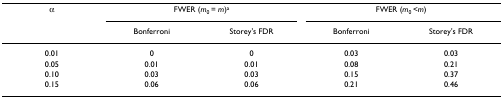
<table><thead><tr><td><b>α</b></td><td colspan="2"><b>FWER (<i>m</i><sub>0 </sub>= <i>m</i>)<sup>a</sup></b></td><td colspan="2"><b>FWER (<i>m</i><sub>0 </sub>&lt;<i>m</i>)</b></td></tr><tr><td></td><td><b>Bonferroni</b></td><td><b>Storey&#x27;s FDR</b></td><td><b>Bonferroni</b></td><td><b>Storey&#x27;s FDR</b></td></tr></thead><tbody><tr><td>0.01</td><td>0</td><td>0</td><td>0.03</td><td>0.03</td></tr><tr><td>0.05</td><td>0.01</td><td>0.01</td><td>0.08</td><td>0.21</td></tr><tr><td>0.10</td><td>0.03</td><td>0.03</td><td>0.15</td><td>0.37</td></tr><tr><td>0.15</td><td>0.06</td><td>0.06</td><td>0.21</td><td>0.46</td></tr></tbody></table>